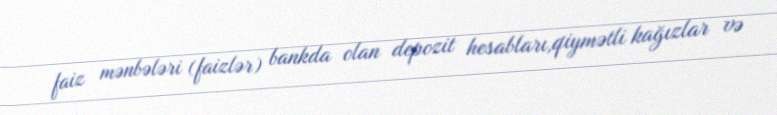
faiz mənbələri (faizlər) bankda olan depozit hesabları,qiymətli kağızlar və